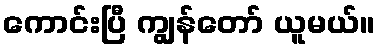
ကောင်းပြီ ကျွန်တော် ယူမယ်။